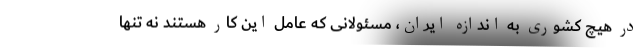
در هیچ کشوری به اندازه ایران، مسئولانی که عامل این کار هستند نه تنها